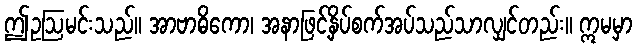
ဤဥဩမင်းသည်။ အာဗာဓိကော၊ အနာဖြင့်နှိပ်စက်အပ်သည်သာလျှင်တည်း။ ဣမမှာ